King Institute of Preventive Medicine Micro-Biological Section reports 1909-11
Year: 1909
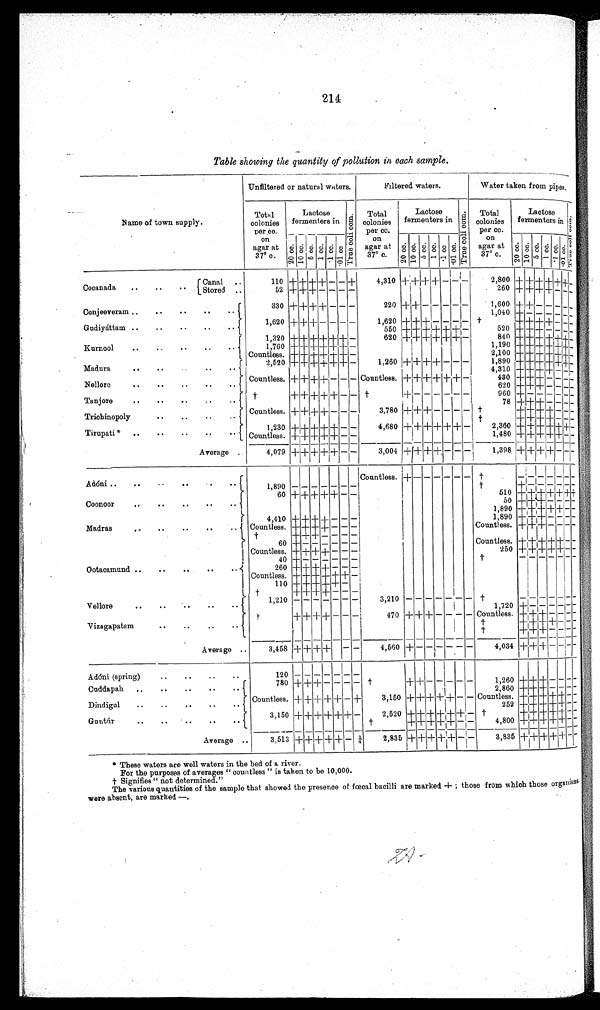
214
Table showing the quantity of pollution in each sample.
Name of town supply.
Unfiltered or natural waters.
Filtered. waters.
Water taken from pipes,
Total
colonies
per cc.
on
agar at
37° c
Lactose
fermenters in T r u e c o l i c o m .
Total
colonies
per cc.
on
agar at
37° c.
Lactose
fermenters in T r u e c o l i c o m .
Total
colonies
per cc.
on
agar at
37° c.
Lactose
fermenters in
T r u e c o l i c o m .
20 c c .
10 cc. 5 cc.
1 cc.
. 1 cc. . 0 1 c c .
20 cc. 1 0 c c . 5 cc. 1 cc. . 1 c c . . 01 cc.
20 cc. 10 c c . 5 c c . 1 cc. . 1 c c . . 0 1 c c .
Canal
Cocanada
Stored
110
+ + + + - - +
4,310
+ + + + - - -
2,800
+ + + + + +-
52 + +++ - - - -
260
+ + + + - - -
Conjeeveram
330
+ + + + - - -
220 + + - - - - -
1,600+ + - - - - -
1,040 + - - +- - - -
Gudiyáttam
1,620 + + + - - - -
1,620 + + + - - - - †
+ + + ++- - -
550 + + + + + + -
520 + + + - - - -
Kurnool
1,320 + + + + + + -
620 + + + + + + -
840 + + + + + +-
1,760 + + + + + + -
1,190 + + + + + +-
Countless. + + + + + + -
2,100 + + + +++ +-
2,520 + + + + + + -
1,260 + + + + - - -
1,890 + + + + + +-
Madura
4,310 + + + + - - -
Countless. + + + + - - - Countless. + + + + + + -
430 + + + - - - -
Nellore
620 + + + - - - -
Tanjore
†
+ + + + - - - † †
+ - - - - - -
960 + - - - - - -
78 + + + - - - -
Trichinopoly
Countless. + + + + - - -
3,780 + + + - - - - † †
+ + + + - - -
† †
+ + + + - - -
Tirupati *
1,230 + + + + + - -
4,680 + + + + + + -
2,360 + + + + + +-
Countless. + + + + + - -
1,480 + + + + + - -
Average
4,079 + + + + + - -
3,004 + + + + - - -
1,398 + + + + - - -
Adóni
Countless. +
- - - - - - †
- - - - - - -
1,890 - - - - - - -
†
+ - - - - - -
Coonoor
60 + + + + + - -
510 + + + + + ++
50 + + + - - - -
1,890 + + + + + - -
Madras
4,410 + + + + - - -
1,890 + + + - - - -
Countless. + + + + - - -
Countless. + + + - - - -
† †
+ + + - - - -
60
+ - - - - - -
Countless. + + + + + - -
Countless+ + + + - - -
250 + + + + + - -
40
+ - - - - - -
†
- - - - - - - -
Ootacamund
260 + + + + - - -
Countless. + + + + + + -
110 + + + + + -
†
+ + + + - - -
1,210 - - - - - - -
3,210 - - - - - - - †
- - - - - - -
Vellore
1,720 + - - - - - -
†
+ + + + - - -
470 + + + - - - - Countless + + + - - - -
Vizagapatam
t
+1+1++ -1 -
†
+ + + - - - -
Average
3,458 + + + +
- -
4,560 + - -
-
- - -
4,034 +
+ + - - -I- - -
Adóni (spring)
120
- - - - - - -
-- --
Cuddapah
780 + + + - - - - †
+ + - - - - -
1,260 + + + - - - -
2,860 + + +- - - -
Dindigul
Countless. ++ + + + - +
3,150 + + + + + - - Countless. + + + + + - -
252 + + + - - - -
Guntúr
3,150 + + + + + + -
2,520 + + + + + + - †
+ + + + + - -
†
+ + + + + - -
4,800+ + + + + - -
Average
3,513 + + + + + - 1/4
2,835 + +
+ + + - -
3,835 + + + + + - -
• These waters are well waters in the bed of a river.
For the purposes of averages " countless " is taken to be 10,000.
† Signifies not determined."
The various quantities of the sample that showed the presence of fœcal bacilli are marked. + ; those from which those organisms
were absent, are marked —.